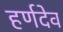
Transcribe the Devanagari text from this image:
हर्णदेव